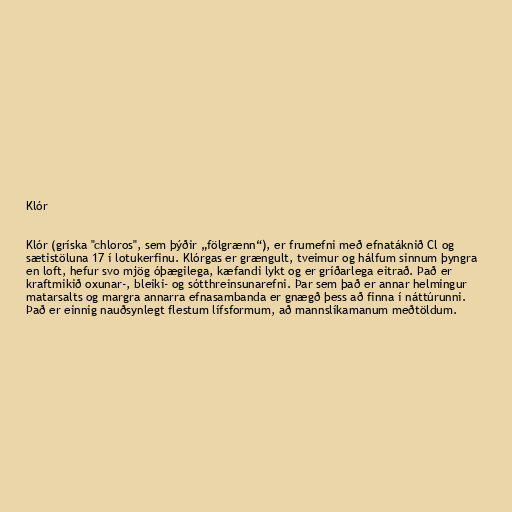
Klór

Klór (gríska "chloros", sem þýðir „fölgrænn“), er frumefni með efnatáknið Cl og
sætistöluna 17 í lotukerfinu. Klórgas er grængult, tveimur og hálfum sinnum þyngra
en loft, hefur svo mjög óþægilega, kæfandi lykt og er gríðarlega eitrað. Það er
kraftmikið oxunar-, bleiki- og sótthreinsunarefni. Þar sem það er annar helmingur
matarsalts og margra annarra efnasambanda er gnægð þess að finna í náttúrunni.
Það er einnig nauðsynlegt flestum lífsformum, að mannslíkamanum meðtöldum.